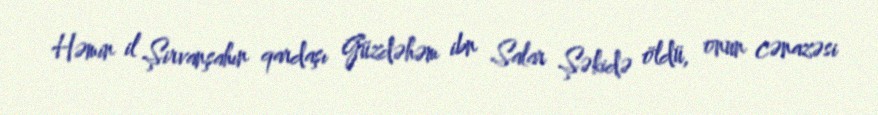
Həmin il Şirvanşahın qardaşı Güzdəhəm ibn Salar Şəkidə öldü, onun cənazəsi